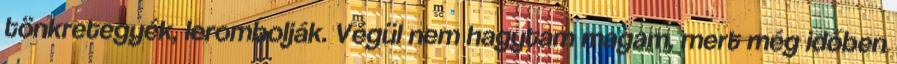
tönkretegyék, lerombolják. Végül nem hagytam magam, mert még időben